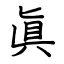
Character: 眞